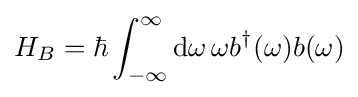
H_{B}=\hbar \int _{-\infty }^{\infty }\mathrm {d} \omega \,\omega b^{\dagger }(\omega )b(\omega )